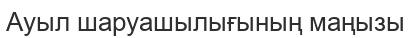
Ауыл шаруашылығының маңызы